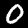
Digit: 0